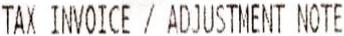
TAX INVOICE / ADJUSTMENT NOTE